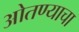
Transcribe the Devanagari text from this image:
ओतण्याचा